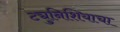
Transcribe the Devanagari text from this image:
ट्युनिशियाचा